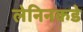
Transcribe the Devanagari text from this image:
लेनिनकडे